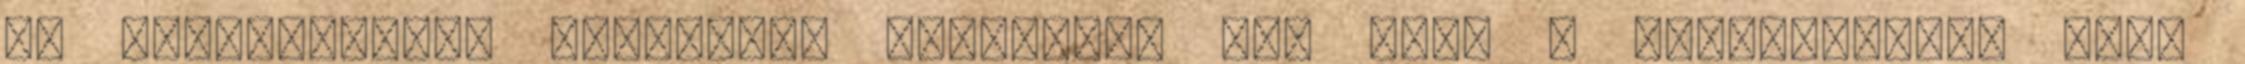
az elképzelést, miszerint hajlamunk van mind a monogámiára, mind